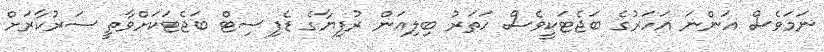
ނަމަވެސް އަންނަ އަހަރުގެ ބަޖެޓަކީވެސް ހަތަރު ބިލިއަން ރުފިޔާގެ ޑެފިސިޓް ބަޖެޓަކަށްވާތީ ސަރުކާރަށް